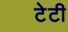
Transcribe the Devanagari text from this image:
टेटी